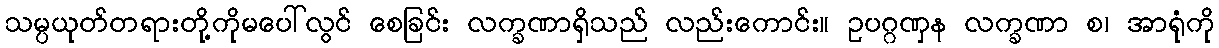
သမ္ပယုတ်တရားတို့ကိုမပေါ်လွင် စေခြင်း လက္ခဏာရှိသည် လည်းကောင်း။ ဥပဂ္ဂဏှန လက္ခဏာ စ၊ အာရုံကို